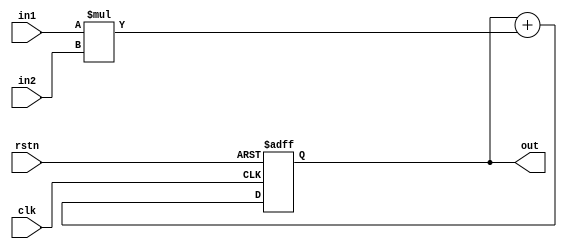
`timescale 1ns/1ps

module mac_16 (
clk,
rstn,
in1,
in2,
out
);

input clk;
input rstn;
input [15:0] in1;
input [15:0] in2;
output [35:0] out;

reg [35:0] out;
always @ (posedge clk or negedge rstn) begin
	if (rstn == 1'b0) begin
		out <= 36'b0;
	end else begin
		out <= out + in1 * in2;
	end
end

endmodule